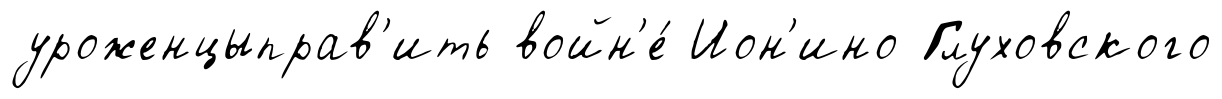
уроженцыправ'ить войн'е́ Ион'ино Глуховского